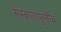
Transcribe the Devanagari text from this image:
संस्कारांपुरतीच